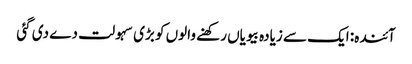
آئندہ: ایک سے زیادہ بیویاں رکھنے والوں کو بڑی سہولت دے دی گئی